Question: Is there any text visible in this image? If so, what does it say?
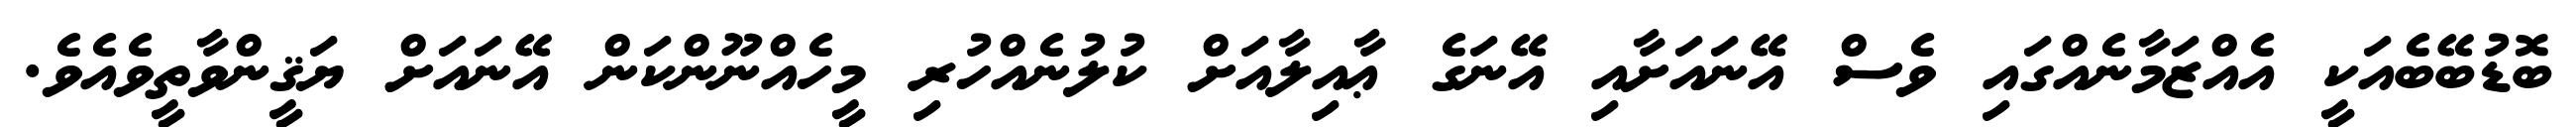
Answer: ބޮޑުބޭބެއަކީ އެއްޒަމާނެއްގައި ވެސް އޭނައަށާއި އޭނަގެ ޢާއިލާއަށް ކުލުނެއްހުރި މީހެއްނޫންކަން އޭނައަށް ޔަޤީންވާތީވެއެވެ.